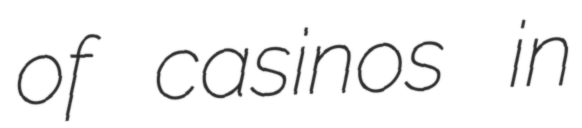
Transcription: of casinos in